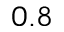
0 . 8